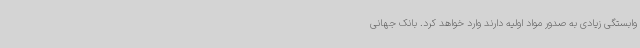
وابستگی زیادی به صدور مواد اولیه دارند وارد خواهد کرد. بانک جهانی